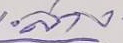
ล่าง